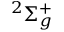
^ { 2 } \Sigma _ { g } ^ { + }